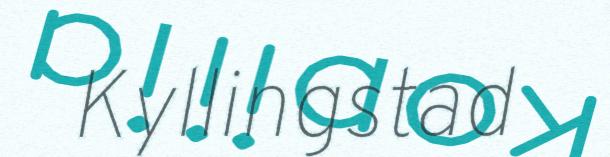
Kyllingstad